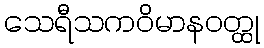
သေရီသကဝိမာနဝတ္ထု